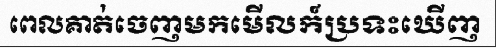
ពេលគាត់ចេញមកមើលក៍ប្រទះឃើញ